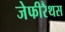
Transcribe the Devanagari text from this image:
जेफीरैथस